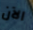
الآن